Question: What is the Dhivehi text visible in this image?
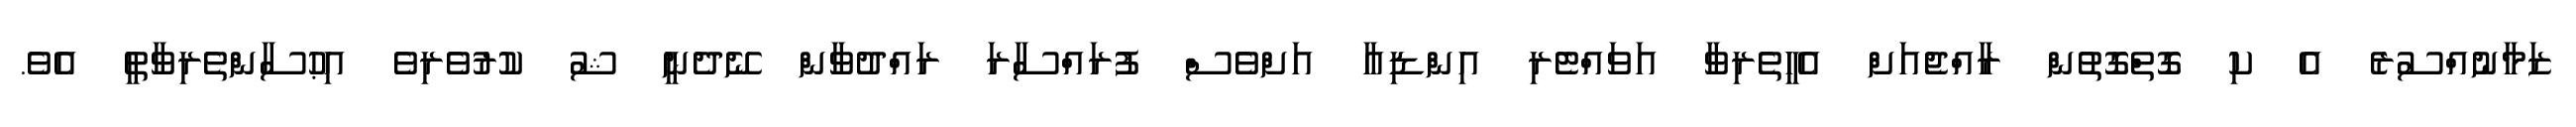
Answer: ޒަމާނުއްސުރެ އެ ކި ގޮތްގޮތުން ރާއްޖެއަށް އެހީތެރިވާ އަވައްޓެރި އިންޑިއާ އަށްވެސް ފުރައްސާރަ ރައްދުވާން ނޭދެނީ ޝު ކުރުވެރިވެ އިޙުސާންތެރިވާތީ އެވެ.